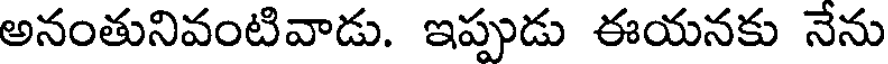
అనంతునివంటివాడు. ఇప్పుడు ఈయనకు నేను